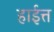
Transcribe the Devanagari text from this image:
हाईत्त